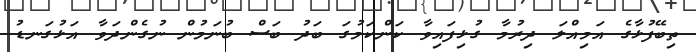
ތިބޭފުޅާގެ އަމިއްލަ ދިރުމާ ގުޅިފައިވާ ކަންކަމުގަ ބަދު ބަސް ބުނަމުން ނުގެންދަވާ އަޅުގަނޑު